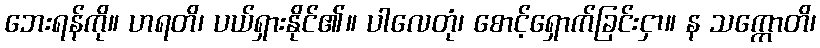
ဘေးရန်ကို။ ဟရတိ၊ ပယ်ရှားနိုင်၏။ ပါလေတုံ၊ စောင့်ရှောက်ခြင်းငှာ။ န သက္ကောတိ၊